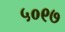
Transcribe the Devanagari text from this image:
५०९७